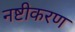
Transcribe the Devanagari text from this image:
नष्टीकरण